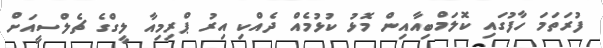
ފުރަތަމަ ހާފުގައި ކޮލަމްބިއާއިން މޮޅު ކުޅުމެއް ދެއްކި އިރު ޕްރިމިއާ ލީގްގެ ޗެލްސީއަށް